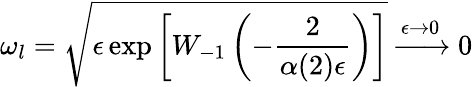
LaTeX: \omega_{l}=\sqrt{\epsilon\exp\left[W_{-1}\left(-\frac 2{\alpha(2)\epsilon}\right)\right]}\xrightarrow{\epsilon\rightarrow 0}0